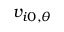
v _ { i 0 , \theta }